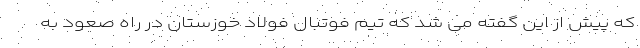
که پیش از این گفته می شد که تیم فوتبال فولاد خوزستان در راه صعود به